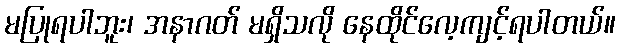
မပြုရပါဘူး၊ အနာဂတ် မရှိသလို နေထိုင်လေ့ကျင့်ရပါတယ်။